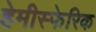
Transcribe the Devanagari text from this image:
हेमीस्फेरिक